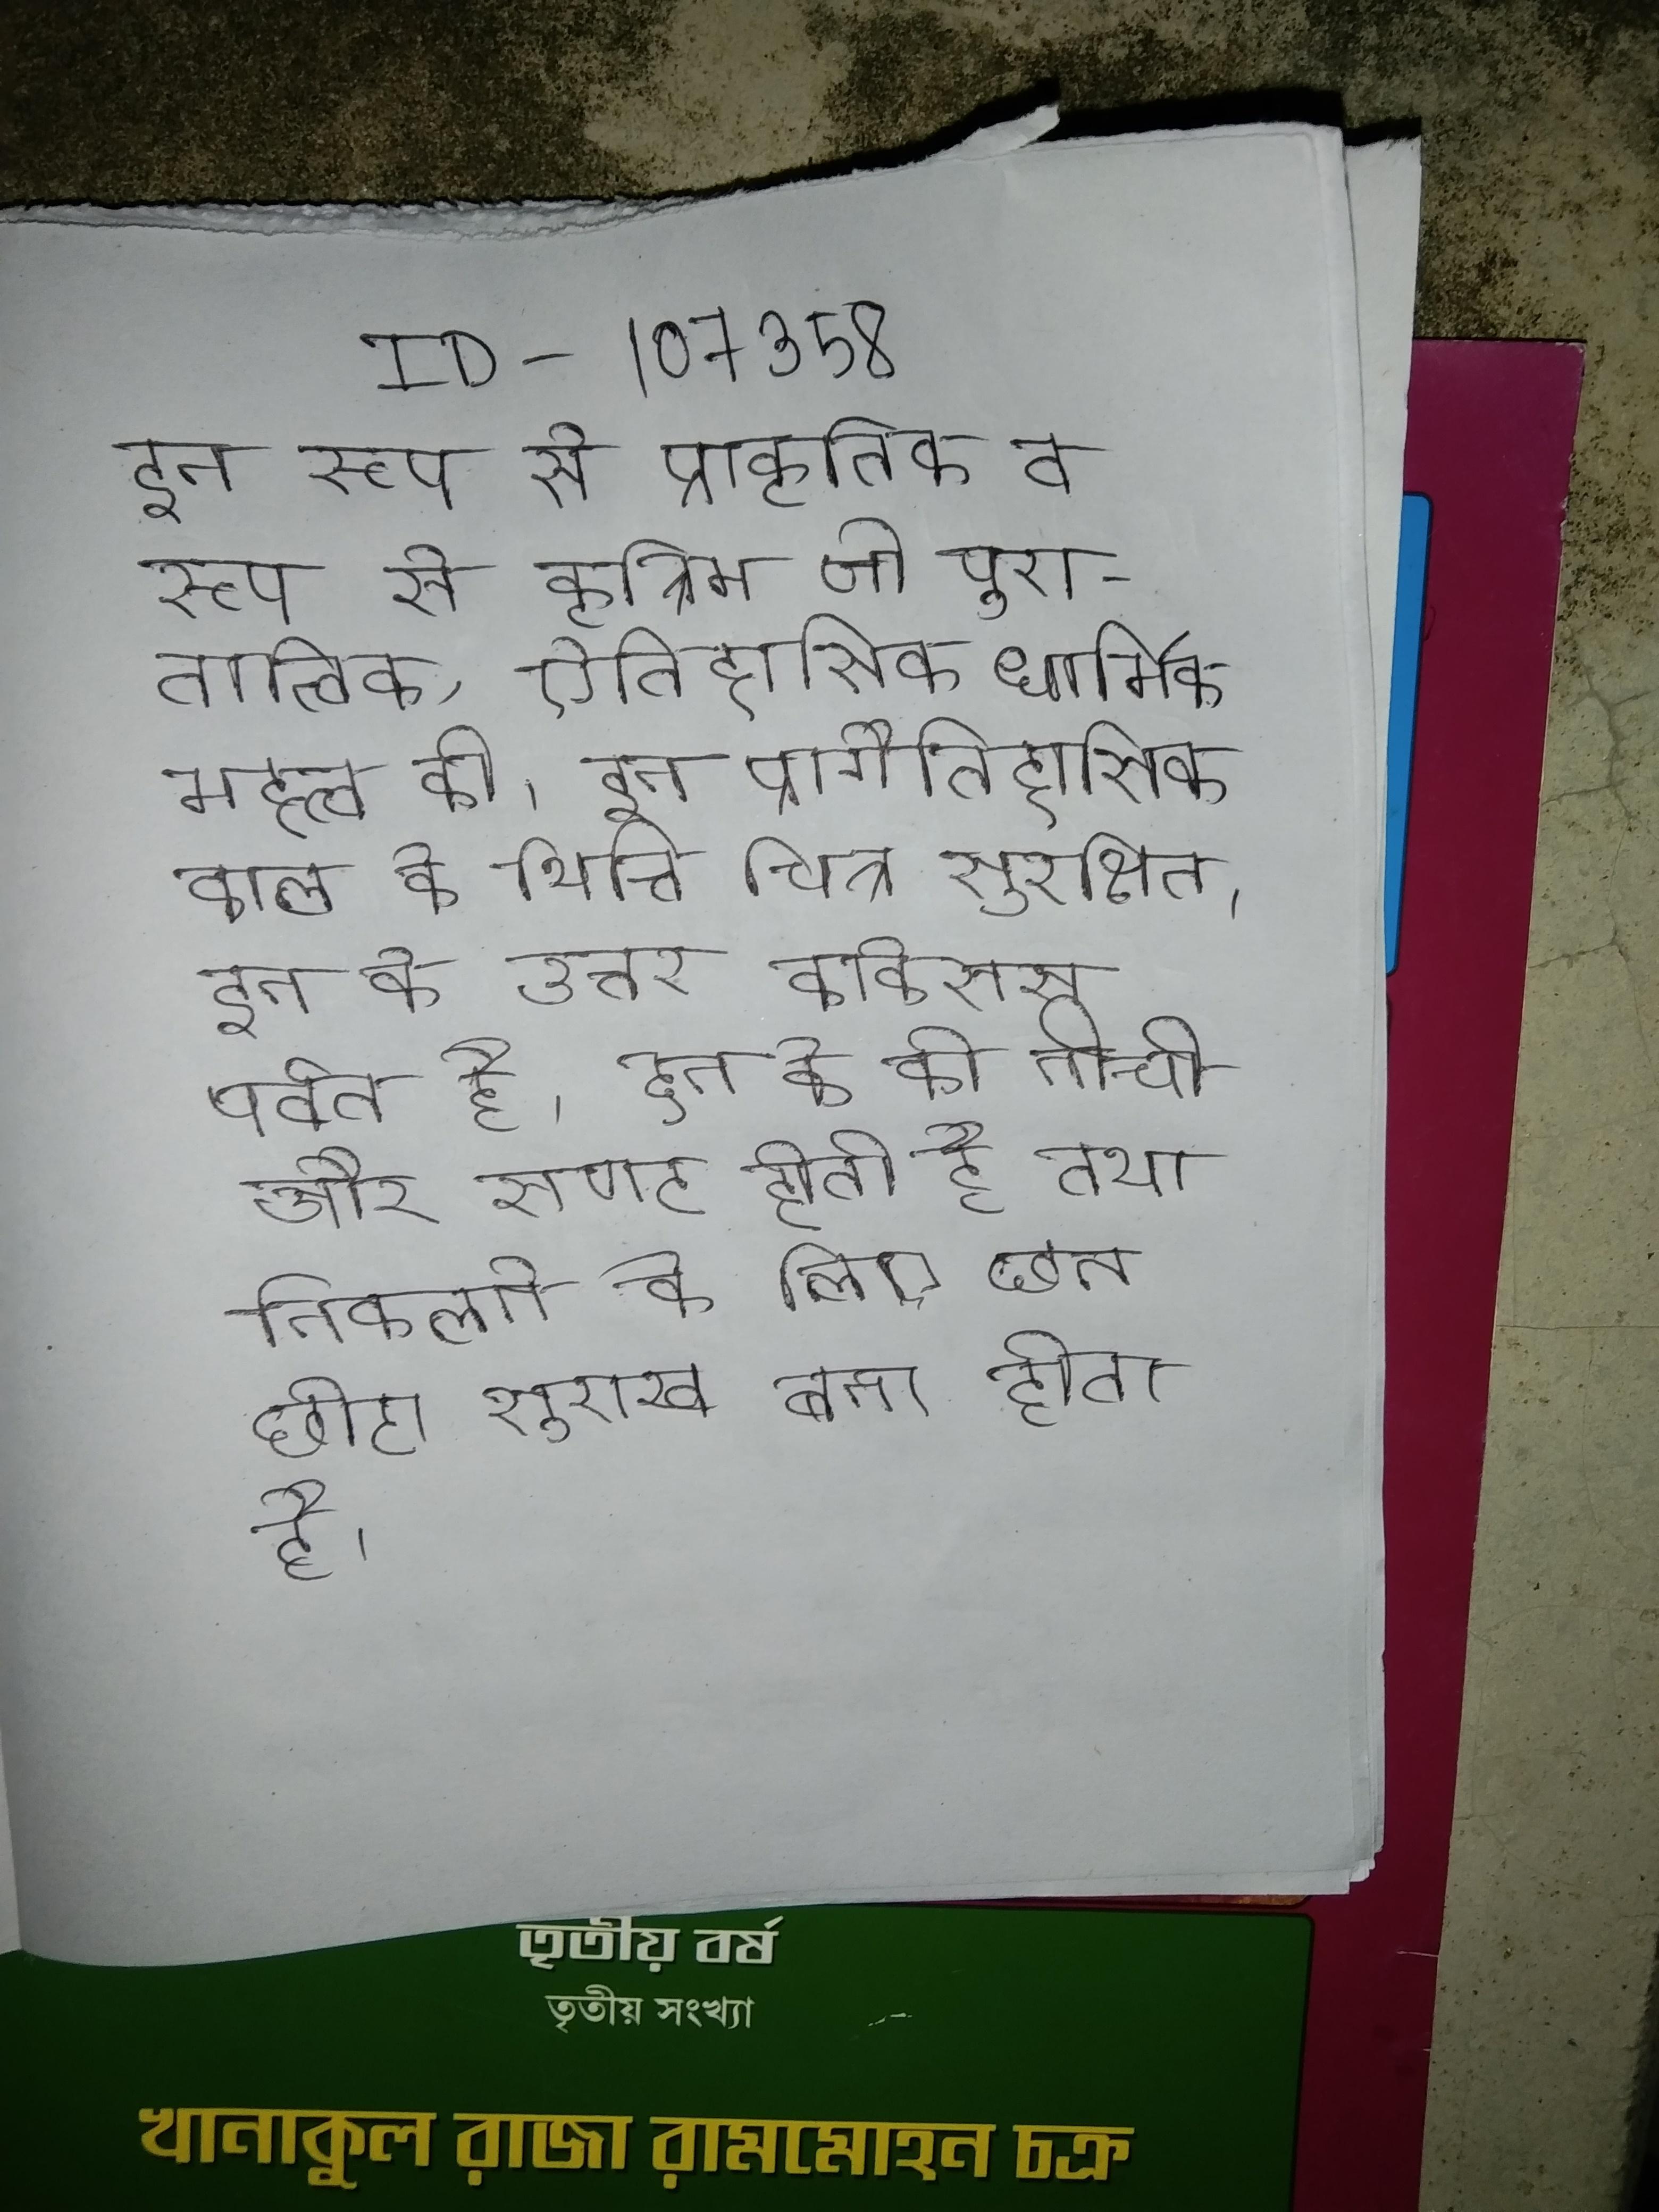
इन रूप से प्राकृतिक व रूप से कृत्रिम जो पुरातात्विक, ऐतिहासिक धार्मिक महत्व की । इन प्रागैतिहासिक काल के भित्ति चित्र सुरक्षित । इन के उत्तर काकेसस पर्वत है । इन के की नीची और सपाट होती है तथा निकलने के लिए छत छोटा सूराख बना होता है ।